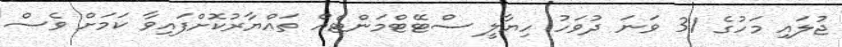
ޖުލައި މަހުގެ 31 ވަނަ ދުވަހު ހިޔާލީ ސްޓޭޓްމަންޓެއް ތައްޔާރުކޮށްފައިވާ ކަމަށް ވެސް